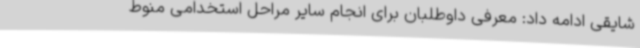
شایقی ادامه داد: معرفی داوطلبان برای انجام سایر مراحل استخدامی منوط